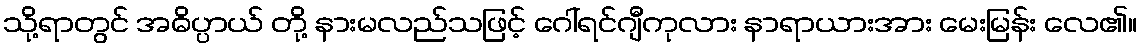
သို့ရာတွင် အဓိပ္ပာယ် တို့ နားမလည်သဖြင့် ဂေါ်ရင်ဂျီကုလား နာရာယားအား မေးမြန်း လေ၏။